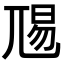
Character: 𭕏